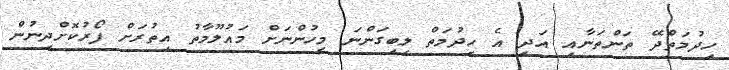
ހިދުމަތްދޭ ތަންތަނާއި އަދި އެ ހިދުމަތް ލިބިގަންނަ މީހުންނަށް މައުލޫމާތު އިތުރަށް ފޯރުކޮށްދިނުން